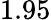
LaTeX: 1.95